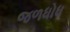
જળધોધ